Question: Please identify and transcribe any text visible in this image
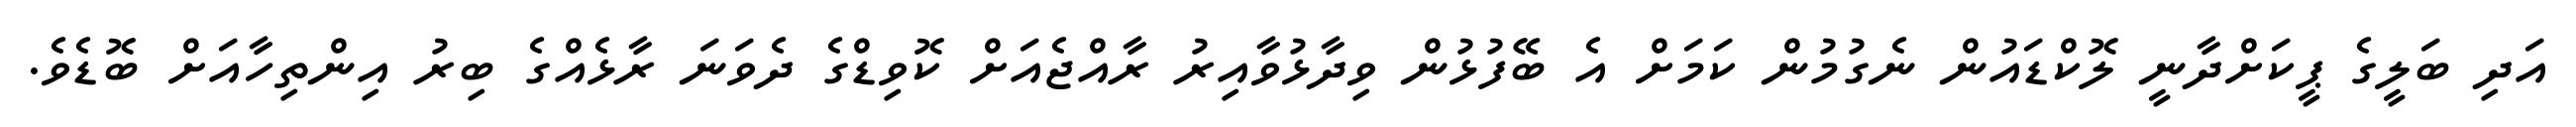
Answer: އަދި ބަލީގެ ޕީކަށްދާނީ ލޮކްޑައުން ނެގުމުން ކަމަށް އެ ބޭފުޅުން ވިދާޅުވާއިރު ރާއްޖެއަށް ކޮވިޑްގެ ދެވަނަ ރާޅެއްގެ ބިރު އިންތިހާއަށް ބޮޑެވެ.